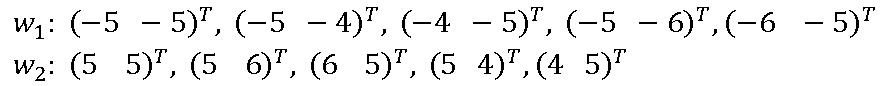
$w_1: (-5\ -5)^T, (-5\ -4)^T, (-4\ -5)^T, (-5\ -6)^T, (-6\ -5)^T\\
w_2: (5\ 5)^T, (5\ 6)^T, (6\ 5)^T, (5\ 4)^T, (4\ 5)^T$